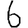
Digit: 6